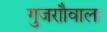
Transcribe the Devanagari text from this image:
गुजराौवाला